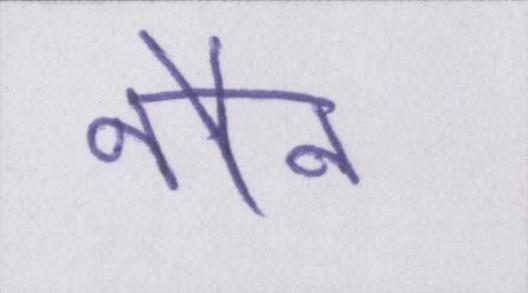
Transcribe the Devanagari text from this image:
नौन